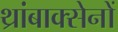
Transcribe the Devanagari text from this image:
थ्रांबाक्सेनों